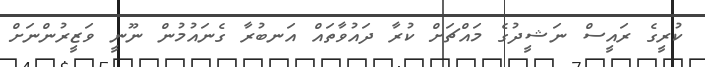
ކުރީގެ ރައީސް ނަޝީދުގެ މައްޗަށް ކުރާ ދައުވާތައް އަނބުރާ ގެނައުމުން ނޫނީ ވަޒީރުންނަށް